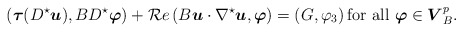
\begin{align*}\left({\boldsymbol\tau}(D^\star{ \boldsymbol u}),B D^\star{\boldsymbol\varphi}\right)+{\cal R}e \left(B{ \boldsymbol u}\cdot \nabla^\star{ \boldsymbol u},{\boldsymbol\varphi}\right)=\left(G,\varphi_3\right)\mbox{for all} \ {\boldsymbol\varphi}\in {\boldsymbol V}_B^p.\end{align*}